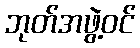
ဘုတ်အဖွဲ့ဝင်